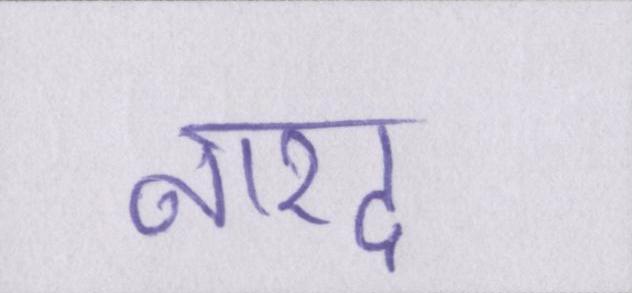
नारद